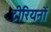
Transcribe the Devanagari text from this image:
टीरियनों